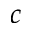
c